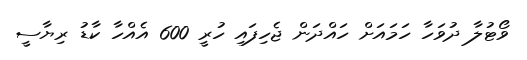
ވޯޓުލާ ދުވަހާ ހަމައަށް ހައްދަން ޖެހިފައި ހުރީ 600 އެއްހާ ކާޑު ރިޔާސީ